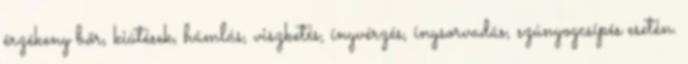
érzékeny bőr, kiütések, hámlás, viszketés, ínyvérzés, ínysorvadás, szúnyogcsípés esetén.